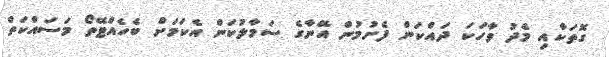
ގޮތަކާއި މެދު ވާހަކަ ދައްކަން ފެށުމުން އޭނާގެ ސަމާލުކަން އެކަމަށް ބެހެއްޓޭތޯ މަސައްކަތް